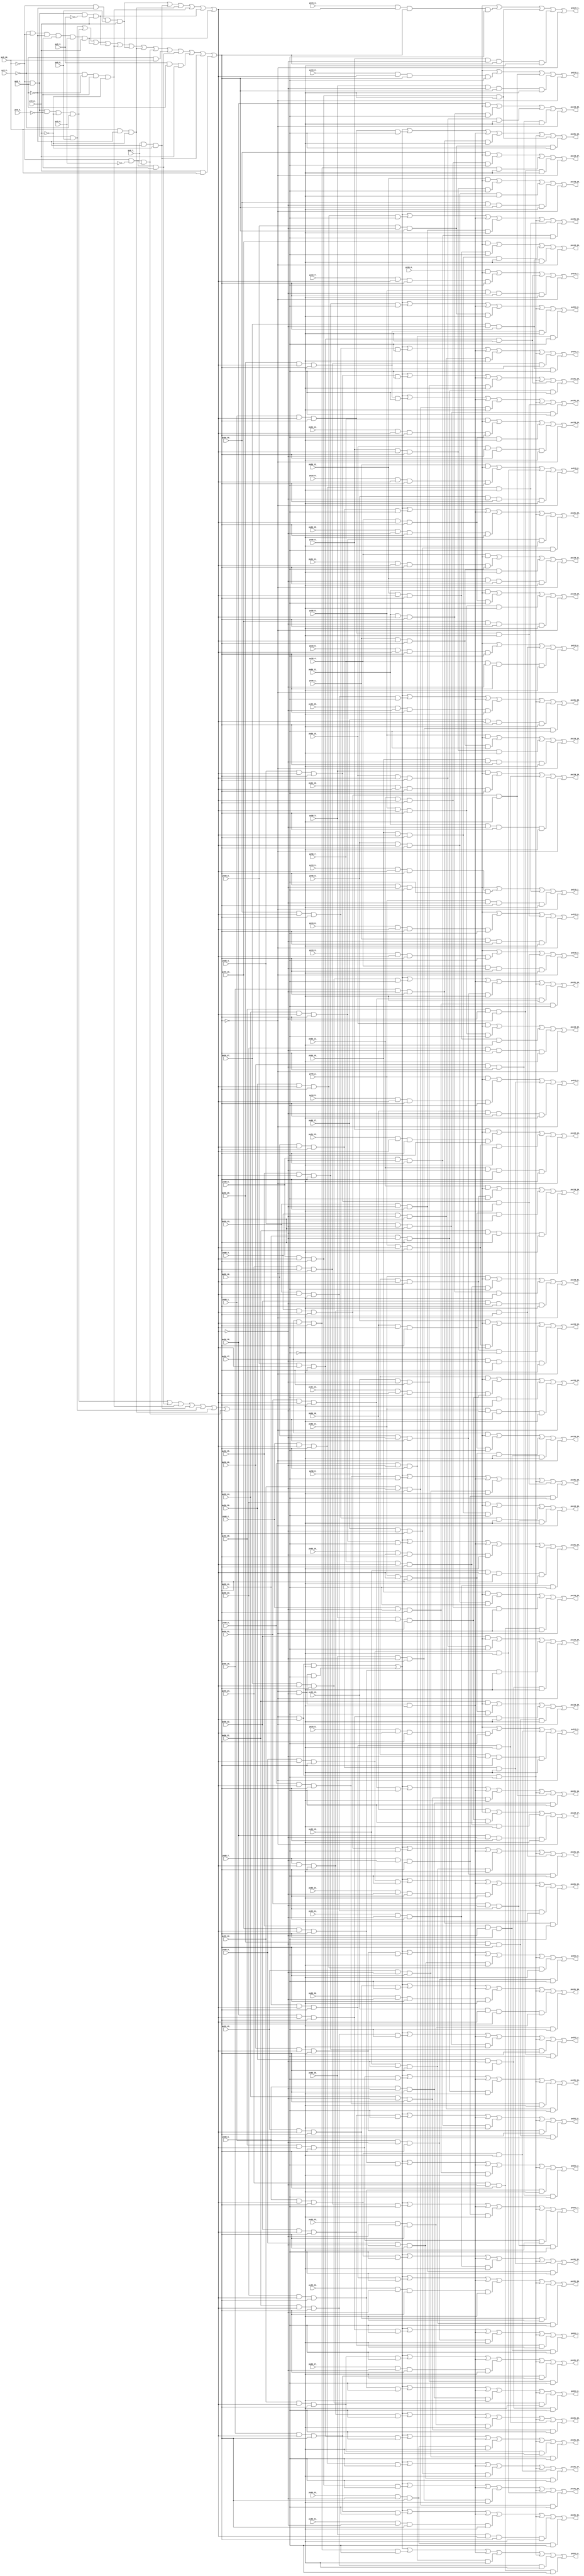
// Benchmark "top" written by ABC on Fri Mar 31 12:12:23 2023

module top ( 
    pv56_12_, pv56_23_, pv88_6_, pv88_19_, pv56_13_, pv56_22_, pv88_7_,
    pv88_29_, pv56_14_, pv56_25_, pv88_8_, pv88_17_, pv88_28_, pv56_15_,
    pv56_24_, pv88_9_, pv88_18_, pv88_27_, pv9_5_, pv56_30_, pv88_2_,
    pv88_15_, pv88_26_, pv9_6_, pv24_10_, pv56_31_, pv88_3_, pv88_16_,
    pv88_25_, pv9_7_, pv9_10_, pv56_10_, pv56_21_, pv88_4_, pv88_13_,
    pv88_24_, pv9_8_, pv56_11_, pv56_20_, pv88_5_, pv88_14_, pv88_23_,
    pv56_5_, pv88_11_, pv88_22_, pv56_4_, pv88_12_, pv88_21_, pv56_7_,
    pv88_20_, pv56_6_, pv88_10_, pv24_8_, pv56_9_, pv24_9_, pv56_8_,
    pv24_6_, pv24_7_, pv24_4_, pv24_5_, pv24_2_, pv24_3_, pv24_0_, pv56_1_,
    pv24_1_, pv56_0_, pv88_30_, pv56_3_, pv88_31_, pv56_2_, pv9_1_,
    pv24_13_, pv9_2_, pv24_14_, pv9_3_, pv24_11_, pv88_0_, pv24_12_,
    pv88_1_, pv56_16_, pv56_27_, pv56_17_, pv56_26_, pv56_18_, pv56_29_,
    pv9_0_, pv56_19_, pv56_28_,
    pv119_1_, pv119_0_, pv119_3_, pv119_30_, pv119_2_, pv151_1_, pv151_18_,
    pv151_0_, pv151_19_, pv119_21_, pv151_3_, pv151_16_, pv119_20_,
    pv151_2_, pv151_17_, pv119_9_, pv119_23_, pv151_27_, pv119_8_,
    pv119_22_, pv151_26_, pv119_25_, pv151_29_, pv119_24_, pv151_28_,
    pv119_5_, pv119_27_, pv119_4_, pv119_26_, pv119_7_, pv119_29_,
    pv119_6_, pv119_28_, pv119_18_, pv119_19_, pv119_16_, pv151_21_,
    pv119_17_, pv151_20_, pv119_14_, pv151_23_, pv119_15_, pv151_22_,
    pv119_12_, pv151_25_, pv151_30_, pv119_13_, pv151_24_, pv151_31_,
    pv119_10_, pv151_5_, pv151_14_, pv119_11_, pv151_4_, pv151_15_,
    pv151_7_, pv151_12_, pv151_6_, pv151_13_, pv151_9_, pv151_10_,
    pv151_8_, pv151_11_  );
  input  pv56_12_, pv56_23_, pv88_6_, pv88_19_, pv56_13_, pv56_22_,
    pv88_7_, pv88_29_, pv56_14_, pv56_25_, pv88_8_, pv88_17_, pv88_28_,
    pv56_15_, pv56_24_, pv88_9_, pv88_18_, pv88_27_, pv9_5_, pv56_30_,
    pv88_2_, pv88_15_, pv88_26_, pv9_6_, pv24_10_, pv56_31_, pv88_3_,
    pv88_16_, pv88_25_, pv9_7_, pv9_10_, pv56_10_, pv56_21_, pv88_4_,
    pv88_13_, pv88_24_, pv9_8_, pv56_11_, pv56_20_, pv88_5_, pv88_14_,
    pv88_23_, pv56_5_, pv88_11_, pv88_22_, pv56_4_, pv88_12_, pv88_21_,
    pv56_7_, pv88_20_, pv56_6_, pv88_10_, pv24_8_, pv56_9_, pv24_9_,
    pv56_8_, pv24_6_, pv24_7_, pv24_4_, pv24_5_, pv24_2_, pv24_3_, pv24_0_,
    pv56_1_, pv24_1_, pv56_0_, pv88_30_, pv56_3_, pv88_31_, pv56_2_,
    pv9_1_, pv24_13_, pv9_2_, pv24_14_, pv9_3_, pv24_11_, pv88_0_,
    pv24_12_, pv88_1_, pv56_16_, pv56_27_, pv56_17_, pv56_26_, pv56_18_,
    pv56_29_, pv9_0_, pv56_19_, pv56_28_;
  output pv119_1_, pv119_0_, pv119_3_, pv119_30_, pv119_2_, pv151_1_,
    pv151_18_, pv151_0_, pv151_19_, pv119_21_, pv151_3_, pv151_16_,
    pv119_20_, pv151_2_, pv151_17_, pv119_9_, pv119_23_, pv151_27_,
    pv119_8_, pv119_22_, pv151_26_, pv119_25_, pv151_29_, pv119_24_,
    pv151_28_, pv119_5_, pv119_27_, pv119_4_, pv119_26_, pv119_7_,
    pv119_29_, pv119_6_, pv119_28_, pv119_18_, pv119_19_, pv119_16_,
    pv151_21_, pv119_17_, pv151_20_, pv119_14_, pv151_23_, pv119_15_,
    pv151_22_, pv119_12_, pv151_25_, pv151_30_, pv119_13_, pv151_24_,
    pv151_31_, pv119_10_, pv151_5_, pv151_14_, pv119_11_, pv151_4_,
    pv151_15_, pv151_7_, pv151_12_, pv151_6_, pv151_13_, pv151_9_,
    pv151_10_, pv151_8_, pv151_11_;
  wire new_n_n127_, new_n_n138_, new_n_n109_, new_n_n76_, new_n_n128_,
    new_n_n137_, new_n_n110_, new_n_n86_, new_n_n129_, new_n_n140_,
    new_n_n111_, new_n_n74_, new_n_n85_, new_n_n130_, new_n_n139_,
    new_n_n112_, new_n_n75_, new_n_n84_, new_n_n150_, new_n_n145_,
    new_n_n105_, new_n_n72_, new_n_n83_, new_n_n149_, new_n_n99_,
    new_n_n146_, new_n_n106_, new_n_n73_, new_n_n82_, new_n_n148_,
    new_n_n152_, new_n_n125_, new_n_n136_, new_n_n107_, new_n_n70_,
    new_n_n81_, new_n_n147_, new_n_n126_, new_n_n135_, new_n_n108_,
    new_n_n71_, new_n_n80_, new_n_n120_, new_n_n114_, new_n_n79_,
    new_n_n119_, new_n_n69_, new_n_n78_, new_n_n122_, new_n_n77_,
    new_n_n121_, new_n_n113_, new_n_n97_, new_n_n124_, new_n_n98_,
    new_n_n123_, new_n_n95_, new_n_n96_, new_n_n93_, new_n_n94_,
    new_n_n91_, new_n_n92_, new_n_n89_, new_n_n116_, new_n_n90_,
    new_n_n115_, new_n_n87_, new_n_n118_, new_n_n88_, new_n_n117_,
    new_n_n154_, new_n_n102_, new_n_n153_, new_n_n103_, new_n_n155_,
    new_n_n100_, new_n_n68_, new_n_n101_, new_n_n104_, new_n_n131_,
    new_n_n142_, new_n_n132_, new_n_n141_, new_n_n133_, new_n_n144_,
    new_n_n151_, new_n_n134_, new_n_n143_, new_nv158_, new_n_n3_,
    new_n_n63_, new_nv197_, new_n_n41_, new_nv210_, new_nv221_, new_nv232_,
    new_nv243_, new_nv265_, new_n_n21_, new_n_n10_, new_nv303_, new_nv314_,
    new_nv325_, new_nv336_, new_nv154_, new_n_n2_, new_nv180_, new_nv192_,
    new_nv203_, new_nv209_, new_nv222_, new_nv231_, new_nv244_, new_nv264_,
    new_n_n20_, new_n_n11_, new_nv304_, new_nv313_, new_nv326_, new_nv335_,
    new_nv162_, new_nv171_, new_n_n64_, new_n_n51_, new_nv198_, new_nv208_,
    new_nv223_, new_nv234_, new_nv241_, new_nv263_, new_nv289_, new_n_n30_,
    new_nv305_, new_nv316_, new_nv323_, new_nv334_, new_nv161_, new_n_n4_,
    new_nv179_, new_nv193_, new_n_n46_, new_nv202_, new_nv224_, new_nv233_,
    new_nv242_, new_nv251_, new_nv290_, new_n_n31_, new_nv306_, new_nv315_,
    new_nv324_, new_nv333_, new_nv165_, new_n_n61_, new_nv188_, new_nv225_,
    new_nv236_, new_nv247_, new_nv269_, new_nv280_, new_nv307_, new_nv318_,
    new_nv329_, new_nv340_, new_nv441_, new_nv163_, new_nv183_, new_n_n56_,
    new_nv226_, new_nv235_, new_nv268_, new_nv270_, new_nv279_, new_nv308_,
    new_nv317_, new_nv330_, new_nv339_, new_nv176_, new_n_n62_, new_nv187_,
    new_nv227_, new_nv245_, new_nv267_, new_nv309_, new_nv320_, new_nv327_,
    new_nv338_, new_n_n67_, new_nv181_, new_nv182_, new_nv237_, new_nv246_,
    new_nv266_, new_nv310_, new_nv319_, new_nv328_, new_nv337_, new_n_n59_,
    new_nv190_, new_n_n48_, new_nv201_, new_n_n37_, new_nv273_, new_nv284_,
    new_n_n35_, new_n_n24_, new_n_n13_, new_nv300_, new_nv164_, new_nv185_,
    new_n_n54_, new_nv196_, new_n_n43_, new_nv217_, new_nv274_, new_nv283_,
    new_n_n34_, new_n_n25_, new_n_n12_, new_nv299_, new_nv166_, new_n_n60_,
    new_nv189_, new_n_n47_, new_n_n38_, new_nv216_, new_nv271_, new_nv282_,
    new_n_n33_, new_n_n22_, new_n_n15_, new_nv298_, new_nv437_, new_nv184_,
    new_n_n55_, new_n_n42_, new_nv206_, new_nv215_, new_nv272_, new_nv281_,
    new_n_n32_, new_n_n23_, new_n_n14_, new_n_n5_, new_nv440_, new_nv169_,
    new_n_n65_, new_n_n57_, new_n_n50_, new_nv199_, new_n_n39_, new_nv214_,
    new_nv228_, new_nv239_, new_nv250_, new_nv277_, new_nv288_, new_nv291_,
    new_n_n28_, new_n_n17_, new_n_n6_, new_nv321_, new_nv332_, new_nv156_,
    new_nv170_, new_nv178_, new_n_n52_, new_nv194_, new_n_n45_, new_nv205_,
    new_nv213_, new_nv218_, new_nv240_, new_nv249_, new_nv278_, new_nv287_,
    new_nv292_, new_n_n29_, new_n_n16_, new_n_n7_, new_nv322_, new_nv331_,
    new_nv157_, new_nv153_, new_nv167_, new_n_n66_, new_n_n58_, new_nv191_,
    new_n_n49_, new_nv200_, new_n_n40_, new_nv212_, new_nv219_, new_nv230_,
    new_nv248_, new_nv275_, new_nv286_, new_nv293_, new_n_n26_, new_n_n19_,
    new_n_n8_, new_nv301_, new_nv312_, new_nv159_, new_nv152_, new_nv168_,
    new_nv177_, new_nv186_, new_n_n53_, new_nv195_, new_n_n44_, new_nv204_,
    new_nv211_, new_nv220_, new_nv229_, new_nv238_, new_nv276_, new_nv285_,
    new_n_n36_, new_n_n27_, new_n_n18_, new_n_n9_, new_nv302_, new_nv311_,
    new_nv160_, new_nv346_, new_nv357_, new_nv368_, new_nv379_, new_nv390_,
    new_nv345_, new_nv358_, new_nv367_, new_nv380_, new_nv389_, new_nv344_,
    new_nv359_, new_nv370_, new_nv377_, new_nv388_, new_nv343_, new_nv360_,
    new_nv369_, new_nv378_, new_nv387_, new_nv155_, new_nv342_, new_nv397_,
    new_nv408_, new_nv419_, new_nv297_, new_nv341_, new_nv398_, new_nv407_,
    new_nv420_, new_nv296_, new_nv399_, new_nv410_, new_nv417_, new_nv295_,
    new_nv400_, new_nv409_, new_nv418_, new_nv294_, new_nv371_, new_nv382_,
    new_nv393_, new_nv404_, new_nv415_, new_nv207_, new_nv372_, new_nv381_,
    new_nv394_, new_nv403_, new_nv416_, new_nv425_, new_nv351_, new_nv362_,
    new_nv395_, new_nv406_, new_nv413_, new_nv424_, new_nv352_, new_nv361_,
    new_nv396_, new_nv405_, new_nv414_, new_nv423_, new_nv350_, new_nv353_,
    new_nv364_, new_nv375_, new_nv386_, new_nv411_, new_nv422_, new_nv349_,
    new_nv354_, new_nv363_, new_nv376_, new_nv385_, new_nv412_, new_nv421_,
    new_nv348_, new_nv355_, new_nv366_, new_nv373_, new_nv384_, new_nv391_,
    new_nv402_, new_nv347_, new_nv356_, new_nv365_, new_nv374_, new_nv383_,
    new_nv392_, new_nv401_;
  assign new_n_n127_ = pv56_12_;
  assign new_n_n138_ = pv56_23_;
  assign new_n_n109_ = pv88_6_;
  assign new_n_n76_ = pv88_19_;
  assign pv119_1_ = new_n_n38_;
  assign new_n_n128_ = pv56_13_;
  assign new_n_n137_ = pv56_22_;
  assign new_n_n110_ = pv88_7_;
  assign new_n_n86_ = pv88_29_;
  assign pv119_0_ = new_n_n37_;
  assign new_n_n129_ = pv56_14_;
  assign new_n_n140_ = pv56_25_;
  assign new_n_n111_ = pv88_8_;
  assign new_n_n74_ = pv88_17_;
  assign new_n_n85_ = pv88_28_;
  assign pv119_3_ = new_n_n40_;
  assign pv119_30_ = new_n_n67_;
  assign new_n_n130_ = pv56_15_;
  assign new_n_n139_ = pv56_24_;
  assign new_n_n112_ = pv88_9_;
  assign new_n_n75_ = pv88_18_;
  assign new_n_n84_ = pv88_27_;
  assign pv119_2_ = new_n_n39_;
  assign new_n_n150_ = pv9_5_;
  assign new_n_n145_ = pv56_30_;
  assign new_n_n105_ = pv88_2_;
  assign new_n_n72_ = pv88_15_;
  assign new_n_n83_ = pv88_26_;
  assign pv151_1_ = new_n_n22_;
  assign pv151_18_ = new_n_n7_;
  assign new_n_n149_ = pv9_6_;
  assign new_n_n99_ = pv24_10_;
  assign new_n_n146_ = pv56_31_;
  assign new_n_n106_ = pv88_3_;
  assign new_n_n73_ = pv88_16_;
  assign new_n_n82_ = pv88_25_;
  assign pv151_0_ = new_n_n21_;
  assign pv151_19_ = new_n_n8_;
  assign new_n_n148_ = pv9_7_;
  assign new_n_n152_ = pv9_10_;
  assign new_n_n125_ = pv56_10_;
  assign new_n_n136_ = pv56_21_;
  assign new_n_n107_ = pv88_4_;
  assign new_n_n70_ = pv88_13_;
  assign new_n_n81_ = pv88_24_;
  assign pv119_21_ = new_n_n58_;
  assign pv151_3_ = new_n_n24_;
  assign pv151_16_ = new_n_n5_;
  assign new_n_n147_ = pv9_8_;
  assign new_n_n126_ = pv56_11_;
  assign new_n_n135_ = pv56_20_;
  assign new_n_n108_ = pv88_5_;
  assign new_n_n71_ = pv88_14_;
  assign new_n_n80_ = pv88_23_;
  assign pv119_20_ = new_n_n57_;
  assign pv151_2_ = new_n_n23_;
  assign pv151_17_ = new_n_n6_;
  assign new_n_n120_ = pv56_5_;
  assign new_n_n114_ = pv88_11_;
  assign new_n_n79_ = pv88_22_;
  assign pv119_9_ = new_n_n46_;
  assign pv119_23_ = new_n_n60_;
  assign pv151_27_ = new_n_n16_;
  assign new_n_n119_ = pv56_4_;
  assign new_n_n69_ = pv88_12_;
  assign new_n_n78_ = pv88_21_;
  assign pv119_8_ = new_n_n45_;
  assign pv119_22_ = new_n_n59_;
  assign pv151_26_ = new_n_n15_;
  assign new_n_n122_ = pv56_7_;
  assign new_n_n77_ = pv88_20_;
  assign pv119_25_ = new_n_n62_;
  assign pv151_29_ = new_n_n18_;
  assign new_n_n121_ = pv56_6_;
  assign new_n_n113_ = pv88_10_;
  assign pv119_24_ = new_n_n61_;
  assign pv151_28_ = new_n_n17_;
  assign new_n_n97_ = pv24_8_;
  assign new_n_n124_ = pv56_9_;
  assign pv119_5_ = new_n_n42_;
  assign pv119_27_ = new_n_n64_;
  assign new_n_n98_ = pv24_9_;
  assign new_n_n123_ = pv56_8_;
  assign pv119_4_ = new_n_n41_;
  assign pv119_26_ = new_n_n63_;
  assign new_n_n95_ = pv24_6_;
  assign pv119_7_ = new_n_n44_;
  assign pv119_29_ = new_n_n66_;
  assign new_n_n96_ = pv24_7_;
  assign pv119_6_ = new_n_n43_;
  assign pv119_28_ = new_n_n65_;
  assign new_n_n93_ = pv24_4_;
  assign pv119_18_ = new_n_n55_;
  assign new_n_n94_ = pv24_5_;
  assign pv119_19_ = new_n_n56_;
  assign new_n_n91_ = pv24_2_;
  assign pv119_16_ = new_n_n53_;
  assign pv151_21_ = new_n_n10_;
  assign new_n_n92_ = pv24_3_;
  assign pv119_17_ = new_n_n54_;
  assign pv151_20_ = new_n_n9_;
  assign new_n_n89_ = pv24_0_;
  assign new_n_n116_ = pv56_1_;
  assign pv119_14_ = new_n_n51_;
  assign pv151_23_ = new_n_n12_;
  assign new_n_n90_ = pv24_1_;
  assign new_n_n115_ = pv56_0_;
  assign new_n_n87_ = pv88_30_;
  assign pv119_15_ = new_n_n52_;
  assign pv151_22_ = new_n_n11_;
  assign new_n_n118_ = pv56_3_;
  assign new_n_n88_ = pv88_31_;
  assign pv119_12_ = new_n_n49_;
  assign pv151_25_ = new_n_n14_;
  assign pv151_30_ = new_n_n19_;
  assign new_n_n117_ = pv56_2_;
  assign pv119_13_ = new_n_n50_;
  assign pv151_24_ = new_n_n13_;
  assign pv151_31_ = new_n_n20_;
  assign new_n_n154_ = pv9_1_;
  assign new_n_n102_ = pv24_13_;
  assign pv119_10_ = new_n_n47_;
  assign pv151_5_ = new_n_n26_;
  assign pv151_14_ = new_n_n35_;
  assign new_n_n153_ = pv9_2_;
  assign new_n_n103_ = pv24_14_;
  assign pv119_11_ = new_n_n48_;
  assign pv151_4_ = new_n_n25_;
  assign pv151_15_ = new_n_n36_;
  assign new_n_n155_ = pv9_3_;
  assign new_n_n100_ = pv24_11_;
  assign new_n_n68_ = pv88_0_;
  assign pv151_7_ = new_n_n28_;
  assign pv151_12_ = new_n_n33_;
  assign new_n_n101_ = pv24_12_;
  assign new_n_n104_ = pv88_1_;
  assign pv151_6_ = new_n_n27_;
  assign pv151_13_ = new_n_n34_;
  assign new_n_n131_ = pv56_16_;
  assign new_n_n142_ = pv56_27_;
  assign pv151_9_ = new_n_n30_;
  assign pv151_10_ = new_n_n31_;
  assign new_n_n132_ = pv56_17_;
  assign new_n_n141_ = pv56_26_;
  assign pv151_8_ = new_n_n29_;
  assign pv151_11_ = new_n_n32_;
  assign new_n_n133_ = pv56_18_;
  assign new_n_n144_ = pv56_29_;
  assign new_n_n151_ = pv9_0_;
  assign new_n_n134_ = pv56_19_;
  assign new_n_n143_ = pv56_28_;
  assign new_nv158_ = new_nv157_ & new_nv155_ & new_nv156_;
  assign new_n_n3_ = new_nv168_ | new_nv170_ | new_nv171_ | new_nv169_ | new_nv165_ | new_nv167_;
  assign new_n_n63_ = new_nv212_ | new_nv267_ | new_nv236_ | new_nv180_ | new_nv437_;
  assign new_nv197_ = new_n_n125_ & new_nv440_ & new_n_n4_ & new_nv441_;
  assign new_n_n41_ = new_nv207_ | new_nv289_ | new_nv377_ | new_nv202_ | new_nv437_;
  assign new_nv210_ = new_n_n136_ & new_nv207_;
  assign new_nv221_ = new_n_n125_ & new_nv207_;
  assign new_nv232_ = new_n_n135_ & new_n_n3_ & new_n_n4_ & new_nv441_;
  assign new_nv243_ = new_n_n124_ & new_n_n3_ & new_n_n4_ & new_nv441_;
  assign new_nv265_ = new_n_n129_ & new_n_n3_ & new_n_n4_ & new_n_n2_;
  assign new_n_n21_ = new_nv296_ | new_nv295_ | new_nv425_ | new_nv294_ | new_nv329_ | new_nv297_ | new_nv393_ | new_nv361_;
  assign new_n_n10_ = new_nv296_ | new_nv295_ | new_nv404_ | new_nv294_ | new_nv308_ | new_nv297_ | new_nv372_ | new_nv340_;
  assign new_nv303_ = new_n_n83_ & new_nv440_ & new_n_n4_ & new_nv441_;
  assign new_nv314_ = new_n_n72_ & new_nv440_ & new_n_n4_ & new_nv441_;
  assign new_nv325_ = new_n_n107_ & new_nv440_ & new_n_n4_ & new_nv441_;
  assign new_nv336_ = new_n_n74_ & new_nv440_ & new_n_n4_ & new_n_n2_;
  assign new_nv154_ = new_n_n153_ & new_n_n152_;
  assign new_n_n2_ = new_nv161_ | new_nv158_ | new_nv169_ | new_nv170_ | new_nv163_ | new_nv171_ | new_nv162_;
  assign new_nv180_ = new_n_n142_ & new_nv440_ & new_n_n4_ & new_nv441_;
  assign new_nv192_ = new_n_n130_ & new_nv440_ & new_n_n4_ & new_nv441_;
  assign new_nv203_ = new_n_n119_ & new_nv440_ & new_n_n4_ & new_nv441_;
  assign new_nv209_ = new_n_n137_ & new_nv207_;
  assign new_nv222_ = new_n_n124_ & new_nv207_;
  assign new_nv231_ = new_n_n115_ & new_nv207_;
  assign new_nv244_ = new_n_n123_ & new_n_n3_ & new_n_n4_ & new_nv441_;
  assign new_nv264_ = new_n_n130_ & new_n_n3_ & new_n_n4_ & new_n_n2_;
  assign new_n_n20_ = new_nv296_ | new_nv295_ | new_nv394_ | new_nv294_ | new_nv298_ | new_nv297_ | new_nv362_ | new_nv330_;
  assign new_n_n11_ = new_nv296_ | new_nv295_ | new_nv403_ | new_nv294_ | new_nv307_ | new_nv297_ | new_nv371_ | new_nv339_;
  assign new_nv304_ = new_n_n82_ & new_nv440_ & new_n_n4_ & new_nv441_;
  assign new_nv313_ = new_n_n73_ & new_nv440_ & new_n_n4_ & new_nv441_;
  assign new_nv326_ = new_n_n106_ & new_nv440_ & new_n_n4_ & new_nv441_;
  assign new_nv335_ = new_n_n75_ & new_nv440_ & new_n_n4_ & new_n_n2_;
  assign new_nv162_ = new_nv157_ & new_nv155_ & new_n_n148_;
  assign new_nv171_ = new_n_n152_ & new_nv166_ & new_nv159_;
  assign new_n_n64_ = new_nv211_ | new_nv266_ | new_nv235_ | new_nv179_ | new_nv437_;
  assign new_n_n51_ = new_nv224_ | new_nv279_ | new_nv248_ | new_nv192_ | new_nv437_;
  assign new_nv198_ = new_n_n124_ & new_nv440_ & new_n_n4_ & new_nv441_;
  assign new_nv208_ = new_n_n138_ & new_nv207_;
  assign new_nv223_ = new_n_n123_ & new_nv207_;
  assign new_nv234_ = new_n_n133_ & new_n_n3_ & new_n_n4_ & new_nv441_;
  assign new_nv241_ = new_n_n126_ & new_n_n3_ & new_n_n4_ & new_nv441_;
  assign new_nv263_ = new_n_n131_ & new_n_n3_ & new_n_n4_ & new_n_n2_;
  assign new_nv289_ = new_n_n93_ & new_n_n3_ & new_n_n4_ & new_n_n2_;
  assign new_n_n30_ = new_nv296_ | new_nv295_ | new_nv416_ | new_nv294_ | new_nv320_ | new_nv297_ | new_nv384_ | new_nv352_;
  assign new_nv305_ = new_n_n81_ & new_nv440_ & new_n_n4_ & new_nv441_;
  assign new_nv316_ = new_n_n70_ & new_nv440_ & new_n_n4_ & new_nv441_;
  assign new_nv323_ = new_n_n109_ & new_nv440_ & new_n_n4_ & new_nv441_;
  assign new_nv334_ = new_n_n76_ & new_nv440_ & new_n_n4_ & new_n_n2_;
  assign new_nv161_ = new_nv157_ & new_n_n154_ & new_nv156_ & new_nv159_ & new_nv160_;
  assign new_n_n4_ = new_nv163_ | new_nv161_ | new_nv167_ | new_nv165_ | new_nv169_ | new_nv168_ | new_nv171_ | new_nv162_ | new_nv153_ | new_nv158_ | new_nv152_ | new_nv170_ | new_nv154_;
  assign new_nv179_ = new_n_n143_ & new_nv440_ & new_n_n4_ & new_nv441_;
  assign new_nv193_ = new_n_n129_ & new_nv440_ & new_n_n4_ & new_nv441_;
  assign new_n_n46_ = new_nv229_ | new_nv284_ | new_nv372_ | new_nv197_ | new_nv437_;
  assign new_nv202_ = new_n_n120_ & new_nv440_ & new_n_n4_ & new_nv441_;
  assign new_nv224_ = new_n_n122_ & new_nv207_;
  assign new_nv233_ = new_n_n134_ & new_n_n3_ & new_n_n4_ & new_nv441_;
  assign new_nv242_ = new_n_n125_ & new_n_n3_ & new_n_n4_ & new_nv441_;
  assign new_nv251_ = new_n_n116_ & new_n_n3_ & new_n_n4_ & new_nv441_;
  assign new_nv290_ = new_n_n92_ & new_n_n3_ & new_n_n4_ & new_n_n2_;
  assign new_n_n31_ = new_nv296_ | new_nv295_ | new_nv415_ | new_nv294_ | new_nv319_ | new_nv297_ | new_nv383_ | new_nv351_;
  assign new_nv306_ = new_n_n80_ & new_nv440_ & new_n_n4_ & new_nv441_;
  assign new_nv315_ = new_n_n71_ & new_nv440_ & new_n_n4_ & new_nv441_;
  assign new_nv324_ = new_n_n108_ & new_nv440_ & new_n_n4_ & new_nv441_;
  assign new_nv333_ = new_n_n77_ & new_nv440_ & new_n_n4_ & new_n_n2_;
  assign new_nv165_ = new_nv157_ & new_n_n154_ & new_nv164_ & new_n_n153_;
  assign new_n_n61_ = new_nv214_ | new_nv269_ | new_nv238_ | new_nv182_ | new_nv437_;
  assign new_nv188_ = new_n_n134_ & new_nv440_ & new_n_n4_ & new_nv441_;
  assign new_nv225_ = new_n_n121_ & new_nv207_;
  assign new_nv236_ = new_n_n131_ & new_n_n3_ & new_n_n4_ & new_nv441_;
  assign new_nv247_ = new_n_n120_ & new_n_n3_ & new_n_n4_ & new_nv441_;
  assign new_nv269_ = new_n_n125_ & new_n_n3_ & new_n_n4_ & new_n_n2_;
  assign new_nv280_ = new_n_n102_ & new_n_n3_ & new_n_n4_ & new_n_n2_;
  assign new_nv307_ = new_n_n79_ & new_nv440_ & new_n_n4_ & new_nv441_;
  assign new_nv318_ = new_n_n114_ & new_nv440_ & new_n_n4_ & new_nv441_;
  assign new_nv329_ = new_n_n68_ & new_nv440_ & new_n_n4_ & new_nv441_;
  assign new_nv340_ = new_n_n70_ & new_nv440_ & new_n_n4_ & new_n_n2_;
  assign new_nv441_ = ~new_n_n2_;
  assign new_nv163_ = new_nv157_ & new_n_n154_ & new_n_n147_;
  assign new_nv183_ = new_n_n139_ & new_nv440_ & new_n_n4_ & new_nv441_;
  assign new_n_n56_ = new_nv219_ | new_nv274_ | new_nv243_ | new_nv187_ | new_nv437_;
  assign new_nv226_ = new_n_n120_ & new_nv207_;
  assign new_nv235_ = new_n_n132_ & new_n_n3_ & new_n_n4_ & new_nv441_;
  assign new_nv268_ = new_n_n126_ & new_n_n3_ & new_n_n4_ & new_n_n2_;
  assign new_nv270_ = new_n_n124_ & new_n_n3_ & new_n_n4_ & new_n_n2_;
  assign new_nv279_ = new_n_n103_ & new_n_n3_ & new_n_n4_ & new_n_n2_;
  assign new_nv308_ = new_n_n78_ & new_nv440_ & new_n_n4_ & new_nv441_;
  assign new_nv317_ = new_n_n69_ & new_nv440_ & new_n_n4_ & new_nv441_;
  assign new_nv330_ = new_n_n80_ & new_nv440_ & new_n_n4_ & new_n_n2_;
  assign new_nv339_ = new_n_n71_ & new_nv440_ & new_n_n4_ & new_n_n2_;
  assign new_nv176_ = new_n_n146_ & new_nv440_ & new_n_n4_ & new_nv441_;
  assign new_n_n62_ = new_nv213_ | new_nv268_ | new_nv237_ | new_nv181_ | new_nv437_;
  assign new_nv187_ = new_n_n135_ & new_nv440_ & new_n_n4_ & new_nv441_;
  assign new_nv227_ = new_n_n119_ & new_nv207_;
  assign new_nv245_ = new_n_n122_ & new_n_n3_ & new_n_n4_ & new_nv441_;
  assign new_nv267_ = new_n_n127_ & new_n_n3_ & new_n_n4_ & new_n_n2_;
  assign new_nv309_ = new_n_n77_ & new_nv440_ & new_n_n4_ & new_nv441_;
  assign new_nv320_ = new_n_n112_ & new_nv440_ & new_n_n4_ & new_nv441_;
  assign new_nv327_ = new_n_n105_ & new_nv440_ & new_n_n4_ & new_nv441_;
  assign new_nv338_ = new_n_n72_ & new_nv440_ & new_n_n4_ & new_n_n2_;
  assign new_n_n67_ = new_nv208_ | new_nv263_ | new_nv232_ | new_nv176_ | new_nv437_;
  assign new_nv181_ = new_n_n141_ & new_nv440_ & new_n_n4_ & new_nv441_;
  assign new_nv182_ = new_n_n140_ & new_nv440_ & new_n_n4_ & new_nv441_;
  assign new_nv237_ = new_n_n130_ & new_n_n3_ & new_n_n4_ & new_nv441_;
  assign new_nv246_ = new_n_n121_ & new_n_n3_ & new_n_n4_ & new_nv441_;
  assign new_nv266_ = new_n_n128_ & new_n_n3_ & new_n_n4_ & new_n_n2_;
  assign new_nv310_ = new_n_n76_ & new_nv440_ & new_n_n4_ & new_nv441_;
  assign new_nv319_ = new_n_n113_ & new_nv440_ & new_n_n4_ & new_nv441_;
  assign new_nv328_ = new_n_n104_ & new_nv440_ & new_n_n4_ & new_nv441_;
  assign new_nv337_ = new_n_n73_ & new_nv440_ & new_n_n4_ & new_n_n2_;
  assign new_n_n59_ = new_nv216_ | new_nv271_ | new_nv240_ | new_nv184_ | new_nv437_;
  assign new_nv190_ = new_n_n132_ & new_nv440_ & new_n_n4_ & new_nv441_;
  assign new_n_n48_ = new_nv227_ | new_nv282_ | new_nv251_ | new_nv195_ | new_nv437_;
  assign new_nv201_ = new_n_n121_ & new_nv440_ & new_n_n4_ & new_nv441_;
  assign new_n_n37_ = new_nv207_ | new_nv293_ | new_nv381_ | new_nv206_ | new_nv437_;
  assign new_nv273_ = new_n_n121_ & new_n_n3_ & new_n_n4_ & new_n_n2_;
  assign new_nv284_ = new_n_n98_ & new_n_n3_ & new_n_n4_ & new_n_n2_;
  assign new_n_n35_ = new_nv296_ | new_nv295_ | new_nv411_ | new_nv294_ | new_nv315_ | new_nv297_ | new_nv379_ | new_nv347_;
  assign new_n_n24_ = new_nv296_ | new_nv295_ | new_nv422_ | new_nv294_ | new_nv326_ | new_nv297_ | new_nv390_ | new_nv358_;
  assign new_n_n13_ = new_nv296_ | new_nv295_ | new_nv401_ | new_nv294_ | new_nv305_ | new_nv297_ | new_nv369_ | new_nv337_;
  assign new_nv300_ = new_n_n86_ & new_nv440_ & new_n_n4_ & new_nv441_;
  assign new_nv164_ = ~new_n_n155_;
  assign new_nv185_ = new_n_n137_ & new_nv440_ & new_n_n4_ & new_nv441_;
  assign new_n_n54_ = new_nv221_ | new_nv276_ | new_nv245_ | new_nv189_ | new_nv437_;
  assign new_nv196_ = new_n_n126_ & new_nv440_ & new_n_n4_ & new_nv441_;
  assign new_n_n43_ = new_nv207_ | new_nv287_ | new_nv375_ | new_nv200_ | new_nv437_;
  assign new_nv217_ = new_n_n129_ & new_nv207_;
  assign new_nv274_ = new_n_n120_ & new_n_n3_ & new_n_n4_ & new_n_n2_;
  assign new_nv283_ = new_n_n99_ & new_n_n3_ & new_n_n4_ & new_n_n2_;
  assign new_n_n34_ = new_nv296_ | new_nv295_ | new_nv412_ | new_nv294_ | new_nv316_ | new_nv297_ | new_nv380_ | new_nv348_;
  assign new_n_n25_ = new_nv296_ | new_nv295_ | new_nv421_ | new_nv294_ | new_nv325_ | new_nv297_ | new_nv389_ | new_nv357_;
  assign new_n_n12_ = new_nv296_ | new_nv295_ | new_nv402_ | new_nv294_ | new_nv306_ | new_nv297_ | new_nv370_ | new_nv338_;
  assign new_nv299_ = new_n_n87_ & new_nv440_ & new_n_n4_ & new_nv441_;
  assign new_nv166_ = ~new_n_n154_;
  assign new_n_n60_ = new_nv215_ | new_nv270_ | new_nv239_ | new_nv183_ | new_nv437_;
  assign new_nv189_ = new_n_n133_ & new_nv440_ & new_n_n4_ & new_nv441_;
  assign new_n_n47_ = new_nv228_ | new_nv283_ | new_nv371_ | new_nv196_ | new_nv437_;
  assign new_n_n38_ = new_nv207_ | new_nv292_ | new_nv380_ | new_nv205_ | new_nv437_;
  assign new_nv216_ = new_n_n130_ & new_nv207_;
  assign new_nv271_ = new_n_n123_ & new_n_n3_ & new_n_n4_ & new_n_n2_;
  assign new_nv282_ = new_n_n100_ & new_n_n3_ & new_n_n4_ & new_n_n2_;
  assign new_n_n33_ = new_nv296_ | new_nv295_ | new_nv413_ | new_nv294_ | new_nv317_ | new_nv297_ | new_nv381_ | new_nv349_;
  assign new_n_n22_ = new_nv296_ | new_nv295_ | new_nv424_ | new_nv294_ | new_nv328_ | new_nv297_ | new_nv392_ | new_nv360_;
  assign new_n_n15_ = new_nv296_ | new_nv295_ | new_nv399_ | new_nv294_ | new_nv303_ | new_nv297_ | new_nv367_ | new_nv335_;
  assign new_nv298_ = new_n_n88_ & new_nv440_ & new_n_n4_ & new_nv441_;
  assign new_nv437_ = ~new_n_n4_;
  assign new_nv184_ = new_n_n138_ & new_nv440_ & new_n_n4_ & new_nv441_;
  assign new_n_n55_ = new_nv220_ | new_nv275_ | new_nv244_ | new_nv188_ | new_nv437_;
  assign new_n_n42_ = new_nv207_ | new_nv288_ | new_nv376_ | new_nv201_ | new_nv437_;
  assign new_nv206_ = new_n_n116_ & new_nv440_ & new_n_n4_ & new_nv441_;
  assign new_nv215_ = new_n_n131_ & new_nv207_;
  assign new_nv272_ = new_n_n122_ & new_n_n3_ & new_n_n4_ & new_n_n2_;
  assign new_nv281_ = new_n_n101_ & new_n_n3_ & new_n_n4_ & new_n_n2_;
  assign new_n_n32_ = new_nv296_ | new_nv295_ | new_nv414_ | new_nv294_ | new_nv318_ | new_nv297_ | new_nv382_ | new_nv350_;
  assign new_n_n23_ = new_nv296_ | new_nv295_ | new_nv423_ | new_nv294_ | new_nv327_ | new_nv297_ | new_nv391_ | new_nv359_;
  assign new_n_n14_ = new_nv296_ | new_nv295_ | new_nv400_ | new_nv294_ | new_nv304_ | new_nv297_ | new_nv368_ | new_nv336_;
  assign new_n_n5_ = new_nv296_ | new_nv295_ | new_nv409_ | new_nv294_ | new_nv313_ | new_nv297_ | new_nv377_ | new_nv345_;
  assign new_nv440_ = ~new_n_n3_;
  assign new_nv169_ = new_nv160_ & new_nv166_ & new_nv156_ & new_nv159_;
  assign new_n_n65_ = new_nv210_ | new_nv265_ | new_nv234_ | new_nv178_ | new_nv437_;
  assign new_n_n57_ = new_nv218_ | new_nv273_ | new_nv242_ | new_nv186_ | new_nv437_;
  assign new_n_n50_ = new_nv225_ | new_nv280_ | new_nv249_ | new_nv193_ | new_nv437_;
  assign new_nv199_ = new_n_n123_ & new_nv440_ & new_n_n4_ & new_nv441_;
  assign new_n_n39_ = new_nv207_ | new_nv291_ | new_nv379_ | new_nv204_ | new_nv437_;
  assign new_nv214_ = new_n_n132_ & new_nv207_;
  assign new_nv228_ = new_n_n118_ & new_nv207_;
  assign new_nv239_ = new_n_n128_ & new_n_n3_ & new_n_n4_ & new_nv441_;
  assign new_nv250_ = new_n_n117_ & new_n_n3_ & new_n_n4_ & new_nv441_;
  assign new_nv277_ = new_n_n117_ & new_n_n3_ & new_n_n4_ & new_n_n2_;
  assign new_nv288_ = new_n_n94_ & new_n_n3_ & new_n_n4_ & new_n_n2_;
  assign new_nv291_ = new_n_n91_ & new_n_n3_ & new_n_n4_ & new_n_n2_;
  assign new_n_n28_ = new_nv296_ | new_nv295_ | new_nv418_ | new_nv294_ | new_nv322_ | new_nv297_ | new_nv386_ | new_nv354_;
  assign new_n_n17_ = new_nv296_ | new_nv295_ | new_nv397_ | new_nv294_ | new_nv301_ | new_nv297_ | new_nv365_ | new_nv333_;
  assign new_n_n6_ = new_nv296_ | new_nv295_ | new_nv408_ | new_nv294_ | new_nv312_ | new_nv297_ | new_nv376_ | new_nv344_;
  assign new_nv321_ = new_n_n111_ & new_nv440_ & new_n_n4_ & new_nv441_;
  assign new_nv332_ = new_n_n78_ & new_nv440_ & new_n_n4_ & new_n_n2_;
  assign new_nv156_ = ~new_n_n150_;
  assign new_nv170_ = new_n_n148_ & new_nv166_ & new_nv159_;
  assign new_nv178_ = new_n_n144_ & new_nv440_ & new_n_n4_ & new_nv441_;
  assign new_n_n52_ = new_nv223_ | new_nv278_ | new_nv247_ | new_nv191_ | new_nv437_;
  assign new_nv194_ = new_n_n128_ & new_nv440_ & new_n_n4_ & new_nv441_;
  assign new_n_n45_ = new_nv230_ | new_nv285_ | new_nv373_ | new_nv198_ | new_nv437_;
  assign new_nv205_ = new_n_n117_ & new_nv440_ & new_n_n4_ & new_nv441_;
  assign new_nv213_ = new_n_n133_ & new_nv207_;
  assign new_nv218_ = new_n_n128_ & new_nv207_;
  assign new_nv240_ = new_n_n127_ & new_n_n3_ & new_n_n4_ & new_nv441_;
  assign new_nv249_ = new_n_n118_ & new_n_n3_ & new_n_n4_ & new_nv441_;
  assign new_nv278_ = new_n_n116_ & new_n_n3_ & new_n_n4_ & new_n_n2_;
  assign new_nv287_ = new_n_n95_ & new_n_n3_ & new_n_n4_ & new_n_n2_;
  assign new_nv292_ = new_n_n90_ & new_n_n3_ & new_n_n4_ & new_n_n2_;
  assign new_n_n29_ = new_nv296_ | new_nv295_ | new_nv417_ | new_nv294_ | new_nv321_ | new_nv297_ | new_nv385_ | new_nv353_;
  assign new_n_n16_ = new_nv296_ | new_nv295_ | new_nv398_ | new_nv294_ | new_nv302_ | new_nv297_ | new_nv366_ | new_nv334_;
  assign new_n_n7_ = new_nv296_ | new_nv295_ | new_nv407_ | new_nv294_ | new_nv311_ | new_nv297_ | new_nv375_ | new_nv343_;
  assign new_nv322_ = new_n_n110_ & new_nv440_ & new_n_n4_ & new_nv441_;
  assign new_nv331_ = new_n_n79_ & new_nv440_ & new_n_n4_ & new_n_n2_;
  assign new_nv157_ = ~new_n_n152_;
  assign new_nv153_ = new_n_n154_ & new_n_n152_;
  assign new_nv167_ = new_nv160_ & new_nv157_ & new_nv166_ & new_nv156_ & new_n_n151_ & new_n_n153_;
  assign new_n_n66_ = new_nv209_ | new_nv264_ | new_nv233_ | new_nv177_ | new_nv437_;
  assign new_n_n58_ = new_nv217_ | new_nv272_ | new_nv241_ | new_nv185_ | new_nv437_;
  assign new_nv191_ = new_n_n131_ & new_nv440_ & new_n_n4_ & new_nv441_;
  assign new_n_n49_ = new_nv226_ | new_nv281_ | new_nv250_ | new_nv194_ | new_nv437_;
  assign new_nv200_ = new_n_n122_ & new_nv440_ & new_n_n4_ & new_nv441_;
  assign new_n_n40_ = new_nv207_ | new_nv290_ | new_nv378_ | new_nv203_ | new_nv437_;
  assign new_nv212_ = new_n_n134_ & new_nv207_;
  assign new_nv219_ = new_n_n127_ & new_nv207_;
  assign new_nv230_ = new_n_n116_ & new_nv207_;
  assign new_nv248_ = new_n_n119_ & new_n_n3_ & new_n_n4_ & new_nv441_;
  assign new_nv275_ = new_n_n119_ & new_n_n3_ & new_n_n4_ & new_n_n2_;
  assign new_nv286_ = new_n_n96_ & new_n_n3_ & new_n_n4_ & new_n_n2_;
  assign new_nv293_ = new_n_n89_ & new_n_n3_ & new_n_n4_ & new_n_n2_;
  assign new_n_n26_ = new_nv296_ | new_nv295_ | new_nv420_ | new_nv294_ | new_nv324_ | new_nv297_ | new_nv388_ | new_nv356_;
  assign new_n_n19_ = new_nv296_ | new_nv295_ | new_nv395_ | new_nv294_ | new_nv299_ | new_nv297_ | new_nv363_ | new_nv331_;
  assign new_n_n8_ = new_nv296_ | new_nv295_ | new_nv406_ | new_nv294_ | new_nv310_ | new_nv297_ | new_nv374_ | new_nv342_;
  assign new_nv301_ = new_n_n85_ & new_nv440_ & new_n_n4_ & new_nv441_;
  assign new_nv312_ = new_n_n74_ & new_nv440_ & new_n_n4_ & new_nv441_;
  assign new_nv159_ = ~new_n_n153_;
  assign new_nv152_ = new_n_n155_ & new_n_n154_ & new_n_n153_;
  assign new_nv168_ = new_nv157_ & new_nv166_ & new_n_n147_ & new_n_n153_;
  assign new_nv177_ = new_n_n145_ & new_nv440_ & new_n_n4_ & new_nv441_;
  assign new_nv186_ = new_n_n136_ & new_nv440_ & new_n_n4_ & new_nv441_;
  assign new_n_n53_ = new_nv222_ | new_nv277_ | new_nv246_ | new_nv190_ | new_nv437_;
  assign new_nv195_ = new_n_n127_ & new_nv440_ & new_n_n4_ & new_nv441_;
  assign new_n_n44_ = new_nv231_ | new_nv286_ | new_nv374_ | new_nv199_ | new_nv437_;
  assign new_nv204_ = new_n_n118_ & new_nv440_ & new_n_n4_ & new_nv441_;
  assign new_nv211_ = new_n_n135_ & new_nv207_;
  assign new_nv220_ = new_n_n126_ & new_nv207_;
  assign new_nv229_ = new_n_n117_ & new_nv207_;
  assign new_nv238_ = new_n_n129_ & new_n_n3_ & new_n_n4_ & new_nv441_;
  assign new_nv276_ = new_n_n118_ & new_n_n3_ & new_n_n4_ & new_n_n2_;
  assign new_nv285_ = new_n_n97_ & new_n_n3_ & new_n_n4_ & new_n_n2_;
  assign new_n_n36_ = new_nv296_ | new_nv295_ | new_nv410_ | new_nv294_ | new_nv314_ | new_nv297_ | new_nv378_ | new_nv346_;
  assign new_n_n27_ = new_nv296_ | new_nv295_ | new_nv419_ | new_nv294_ | new_nv323_ | new_nv297_ | new_nv387_ | new_nv355_;
  assign new_n_n18_ = new_nv296_ | new_nv295_ | new_nv396_ | new_nv294_ | new_nv300_ | new_nv297_ | new_nv364_ | new_nv332_;
  assign new_n_n9_ = new_nv296_ | new_nv295_ | new_nv405_ | new_nv294_ | new_nv309_ | new_nv297_ | new_nv373_ | new_nv341_;
  assign new_nv302_ = new_n_n84_ & new_nv440_ & new_n_n4_ & new_nv441_;
  assign new_nv311_ = new_n_n75_ & new_nv440_ & new_n_n4_ & new_nv441_;
  assign new_nv160_ = ~new_n_n149_;
  assign new_nv346_ = new_n_n110_ & new_nv440_ & new_n_n4_ & new_n_n2_;
  assign new_nv357_ = new_n_n143_ & new_nv440_ & new_n_n4_ & new_n_n2_;
  assign new_nv368_ = new_n_n71_ & new_n_n3_ & new_n_n4_ & new_nv441_;
  assign new_nv379_ = new_n_n106_ & new_n_n3_ & new_n_n4_ & new_nv441_;
  assign new_nv390_ = new_n_n139_ & new_n_n3_ & new_n_n4_ & new_nv441_;
  assign new_nv345_ = new_n_n111_ & new_nv440_ & new_n_n4_ & new_n_n2_;
  assign new_nv358_ = new_n_n142_ & new_nv440_ & new_n_n4_ & new_n_n2_;
  assign new_nv367_ = new_n_n72_ & new_n_n3_ & new_n_n4_ & new_nv441_;
  assign new_nv380_ = new_n_n105_ & new_n_n3_ & new_n_n4_ & new_nv441_;
  assign new_nv389_ = new_n_n140_ & new_n_n3_ & new_n_n4_ & new_nv441_;
  assign new_nv344_ = new_n_n112_ & new_nv440_ & new_n_n4_ & new_n_n2_;
  assign new_nv359_ = new_n_n141_ & new_nv440_ & new_n_n4_ & new_n_n2_;
  assign new_nv370_ = new_n_n69_ & new_n_n3_ & new_n_n4_ & new_nv441_;
  assign new_nv377_ = new_n_n108_ & new_n_n3_ & new_n_n4_ & new_nv441_;
  assign new_nv388_ = new_n_n141_ & new_n_n3_ & new_n_n4_ & new_nv441_;
  assign new_nv343_ = new_n_n113_ & new_nv440_ & new_n_n4_ & new_n_n2_;
  assign new_nv360_ = new_n_n140_ & new_nv440_ & new_n_n4_ & new_n_n2_;
  assign new_nv369_ = new_n_n70_ & new_n_n3_ & new_n_n4_ & new_nv441_;
  assign new_nv378_ = new_n_n107_ & new_n_n3_ & new_n_n4_ & new_nv441_;
  assign new_nv387_ = new_n_n142_ & new_n_n3_ & new_n_n4_ & new_nv441_;
  assign new_nv155_ = ~new_n_n151_;
  assign new_nv342_ = new_n_n114_ & new_nv440_ & new_n_n4_ & new_n_n2_;
  assign new_nv397_ = new_n_n70_ & new_n_n3_ & new_n_n4_ & new_n_n2_;
  assign new_nv408_ = new_n_n105_ & new_n_n3_ & new_n_n4_ & new_n_n2_;
  assign new_nv419_ = new_n_n138_ & new_n_n3_ & new_n_n4_ & new_n_n2_;
  assign new_nv297_ = new_nv437_ & new_n_n3_ & new_n_n2_;
  assign new_nv341_ = new_n_n69_ & new_nv440_ & new_n_n4_ & new_n_n2_;
  assign new_nv398_ = new_n_n69_ & new_n_n3_ & new_n_n4_ & new_n_n2_;
  assign new_nv407_ = new_n_n106_ & new_n_n3_ & new_n_n4_ & new_n_n2_;
  assign new_nv420_ = new_n_n137_ & new_n_n3_ & new_n_n4_ & new_n_n2_;
  assign new_nv296_ = new_nv437_ & new_n_n3_ & new_nv441_;
  assign new_nv399_ = new_n_n114_ & new_n_n3_ & new_n_n4_ & new_n_n2_;
  assign new_nv410_ = new_n_n68_ & new_n_n3_ & new_n_n4_ & new_n_n2_;
  assign new_nv417_ = new_n_n140_ & new_n_n3_ & new_n_n4_ & new_n_n2_;
  assign new_nv295_ = new_nv437_ & new_nv440_ & new_n_n2_;
  assign new_nv400_ = new_n_n113_ & new_n_n3_ & new_n_n4_ & new_n_n2_;
  assign new_nv409_ = new_n_n104_ & new_n_n3_ & new_n_n4_ & new_n_n2_;
  assign new_nv418_ = new_n_n139_ & new_n_n3_ & new_n_n4_ & new_n_n2_;
  assign new_nv294_ = new_nv437_ & new_nv440_ & new_nv441_;
  assign new_nv371_ = new_n_n114_ & new_n_n3_ & new_n_n4_ & new_nv441_;
  assign new_nv382_ = new_n_n68_ & new_n_n3_ & new_n_n4_ & new_nv441_;
  assign new_nv393_ = new_n_n136_ & new_n_n3_ & new_n_n4_ & new_nv441_;
  assign new_nv404_ = new_n_n109_ & new_n_n3_ & new_n_n4_ & new_n_n2_;
  assign new_nv415_ = new_n_n142_ & new_n_n3_ & new_n_n4_ & new_n_n2_;
  assign new_nv207_ = new_n_n4_ & new_nv440_ & new_n_n2_;
  assign new_nv372_ = new_n_n113_ & new_n_n3_ & new_n_n4_ & new_nv441_;
  assign new_nv381_ = new_n_n104_ & new_n_n3_ & new_n_n4_ & new_nv441_;
  assign new_nv394_ = new_n_n73_ & new_n_n3_ & new_n_n4_ & new_n_n2_;
  assign new_nv403_ = new_n_n110_ & new_n_n3_ & new_n_n4_ & new_n_n2_;
  assign new_nv416_ = new_n_n141_ & new_n_n3_ & new_n_n4_ & new_n_n2_;
  assign new_nv425_ = new_n_n132_ & new_n_n3_ & new_n_n4_ & new_n_n2_;
  assign new_nv351_ = new_n_n105_ & new_nv440_ & new_n_n4_ & new_n_n2_;
  assign new_nv362_ = new_n_n77_ & new_n_n3_ & new_n_n4_ & new_nv441_;
  assign new_nv395_ = new_n_n72_ & new_n_n3_ & new_n_n4_ & new_n_n2_;
  assign new_nv406_ = new_n_n107_ & new_n_n3_ & new_n_n4_ & new_n_n2_;
  assign new_nv413_ = new_n_n144_ & new_n_n3_ & new_n_n4_ & new_n_n2_;
  assign new_nv424_ = new_n_n133_ & new_n_n3_ & new_n_n4_ & new_n_n2_;
  assign new_nv352_ = new_n_n104_ & new_nv440_ & new_n_n4_ & new_n_n2_;
  assign new_nv361_ = new_n_n139_ & new_nv440_ & new_n_n4_ & new_n_n2_;
  assign new_nv396_ = new_n_n71_ & new_n_n3_ & new_n_n4_ & new_n_n2_;
  assign new_nv405_ = new_n_n108_ & new_n_n3_ & new_n_n4_ & new_n_n2_;
  assign new_nv414_ = new_n_n143_ & new_n_n3_ & new_n_n4_ & new_n_n2_;
  assign new_nv423_ = new_n_n134_ & new_n_n3_ & new_n_n4_ & new_n_n2_;
  assign new_nv350_ = new_n_n106_ & new_nv440_ & new_n_n4_ & new_n_n2_;
  assign new_nv353_ = new_n_n68_ & new_nv440_ & new_n_n4_ & new_n_n2_;
  assign new_nv364_ = new_n_n75_ & new_n_n3_ & new_n_n4_ & new_nv441_;
  assign new_nv375_ = new_n_n110_ & new_n_n3_ & new_n_n4_ & new_nv441_;
  assign new_nv386_ = new_n_n143_ & new_n_n3_ & new_n_n4_ & new_nv441_;
  assign new_nv411_ = new_n_n146_ & new_n_n3_ & new_n_n4_ & new_n_n2_;
  assign new_nv422_ = new_n_n135_ & new_n_n3_ & new_n_n4_ & new_n_n2_;
  assign new_nv349_ = new_n_n107_ & new_nv440_ & new_n_n4_ & new_n_n2_;
  assign new_nv354_ = new_n_n146_ & new_nv440_ & new_n_n4_ & new_n_n2_;
  assign new_nv363_ = new_n_n76_ & new_n_n3_ & new_n_n4_ & new_nv441_;
  assign new_nv376_ = new_n_n109_ & new_n_n3_ & new_n_n4_ & new_nv441_;
  assign new_nv385_ = new_n_n144_ & new_n_n3_ & new_n_n4_ & new_nv441_;
  assign new_nv412_ = new_n_n145_ & new_n_n3_ & new_n_n4_ & new_n_n2_;
  assign new_nv421_ = new_n_n136_ & new_n_n3_ & new_n_n4_ & new_n_n2_;
  assign new_nv348_ = new_n_n108_ & new_nv440_ & new_n_n4_ & new_n_n2_;
  assign new_nv355_ = new_n_n145_ & new_nv440_ & new_n_n4_ & new_n_n2_;
  assign new_nv366_ = new_n_n73_ & new_n_n3_ & new_n_n4_ & new_nv441_;
  assign new_nv373_ = new_n_n112_ & new_n_n3_ & new_n_n4_ & new_nv441_;
  assign new_nv384_ = new_n_n145_ & new_n_n3_ & new_n_n4_ & new_nv441_;
  assign new_nv391_ = new_n_n138_ & new_n_n3_ & new_n_n4_ & new_nv441_;
  assign new_nv402_ = new_n_n111_ & new_n_n3_ & new_n_n4_ & new_n_n2_;
  assign new_nv347_ = new_n_n109_ & new_nv440_ & new_n_n4_ & new_n_n2_;
  assign new_nv356_ = new_n_n144_ & new_nv440_ & new_n_n4_ & new_n_n2_;
  assign new_nv365_ = new_n_n74_ & new_n_n3_ & new_n_n4_ & new_nv441_;
  assign new_nv374_ = new_n_n111_ & new_n_n3_ & new_n_n4_ & new_nv441_;
  assign new_nv383_ = new_n_n146_ & new_n_n3_ & new_n_n4_ & new_nv441_;
  assign new_nv392_ = new_n_n137_ & new_n_n3_ & new_n_n4_ & new_nv441_;
  assign new_nv401_ = new_n_n112_ & new_n_n3_ & new_n_n4_ & new_n_n2_;
endmodule